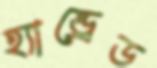
হ্যান্ড্রেড